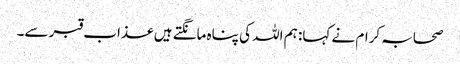
صحابہ کرام نے کہا: ہم اللہ کی پناہ مانگتے ہیں عذاب قبر سے۔